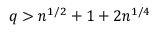
q > n ^ { 1 / 2 } + 1 + 2 n ^ { 1 / 4 }